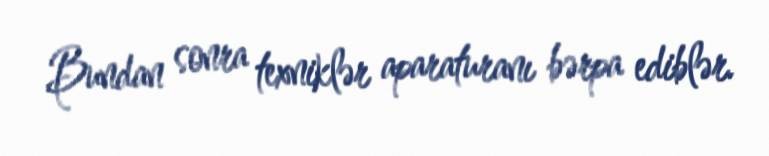
Bundan sonra texniklər aparaturanı bərpa ediblər.